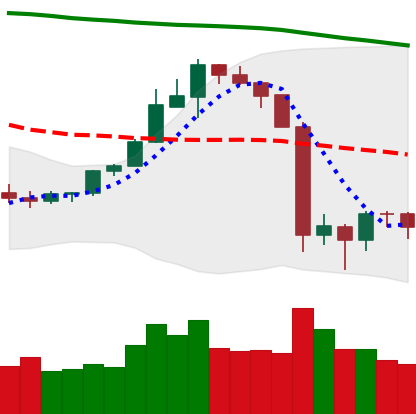
Ticker: ETH-USD
Chart end date: 2019-09-29
Forward return: 3.801%
Label: up_3_5